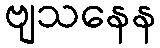
ဗျသနေန